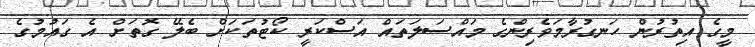
މީގެ އިތުރުން ހަނގުރާމަވެރިންގެ މައްސަލަތައް އަސްކަރީ ކޯޓުތަކަށް ބެލޭ ގޮތަށް އެ ގައުމުގެ